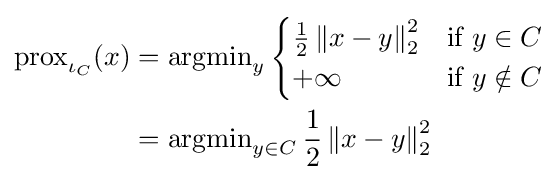
{\begin{aligned}\operatorname {prox} _{\iota _{C}}(x)&=\operatorname {argmin} \limits _{y}{\begin{cases}{\frac {1}{2}}\left\|x-y\right\|_{2}^{2}&{\text{if }}y\in C\\+\infty &{\text{if }}y\notin C\end{cases}}\\&=\operatorname {argmin} \limits _{y\in C}{\frac {1}{2}}\left\|x-y\right\|_{2}^{2}\end{aligned}}